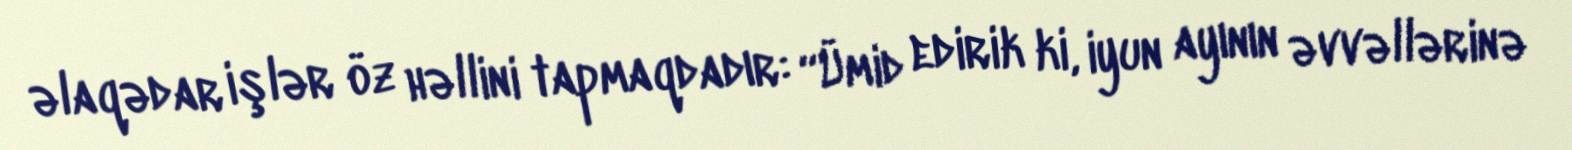
əlaqədar işlər öz həllini tapmaqdadır: “Ümid edirik ki, iyun ayının əvvəllərinə